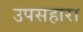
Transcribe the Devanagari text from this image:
उपसहारा